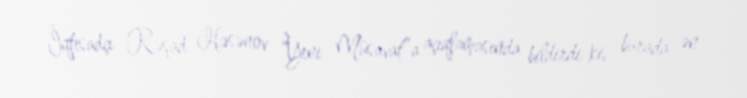
İqtisadçı Rəşad Həsənov “Yeni Müsavat”a açıqlamasında bildirdi ki, burada ən